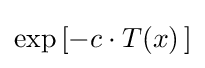
\exp \left[{-c}\cdot T(x)\,\right]